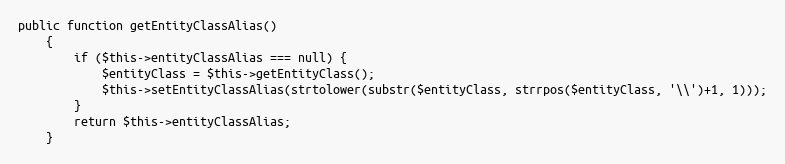
Language: PHP
public function getEntityClassAlias()
    {
        if ($this->entityClassAlias === null) {
            $entityClass = $this->getEntityClass();
            $this->setEntityClassAlias(strtolower(substr($entityClass, strrpos($entityClass, '\\')+1, 1)));
        }
        return $this->entityClassAlias;
    }